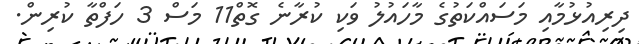
ދިރިއުޅުމާއި މަސައްކަތުގެ މާހައުލު ވަކި ކުރާނެ ގޮތް11 މަސް 3 ހަފްތާ ކުރިން.